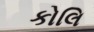
કોલિ